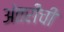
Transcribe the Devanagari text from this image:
अंतरीची